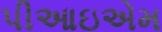
પીઆઇએમ